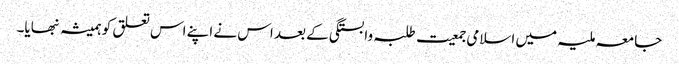
جامعہ ملیہ میں اسلامی جمعیت طلبہ وابستگی کے بعد اس نے اپنے اس تعلق کو ہمیشہ نبھایا۔